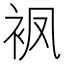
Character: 𧘺